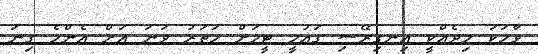
ވާހަކަ މިދެއްކީ އިނގިރޭސި ގައުމީ ޓީމަށް ހަތަރު ވަނަ އަށް އެންމެ ގިނަ